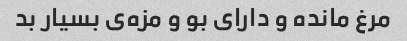
مرغ مانده و دارای بو و مزه‌ی بسیار بد